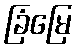
ခြံမြေ